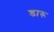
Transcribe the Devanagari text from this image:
डारू